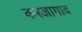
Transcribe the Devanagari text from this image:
करजागाव